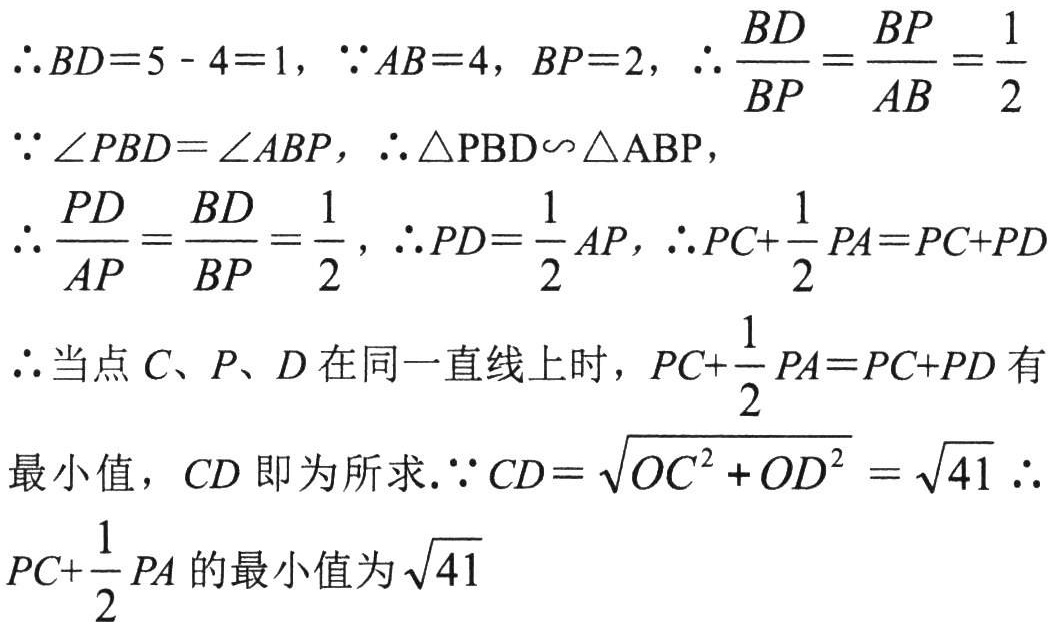
$\therefore BD = 5 - 4 = 1,\ \because AB = 4,\ BP = 2,\ \therefore \frac{BD}{BP}=\frac{BP}{AB}=\frac{1}{2}$
$\because \angle PBD=\angle ABP,\ \therefore \triangle \mathrm{PBD}\backsim\triangle \mathrm{ABP},$
$\therefore \frac{PD}{AP}=\frac{BD}{BP}=\frac{1}{2},\ \therefore PD = \frac{1}{2}AP,\ \therefore PC+\frac{1}{2}PA=PC + PD$
$\therefore$当点$C、P、D$在同一直线上时，$PC+\frac{1}{2}PA=PC + PD$有
最小值，$CD$即为所求.$\because CD=\sqrt{OC^{2}+OD^{2}}=\sqrt{41}\ \therefore$
$PC+\frac{1}{2}PA$的最小值为$\sqrt{41}$